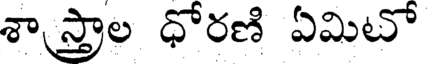
శాస్త్రాల ధోరణి ఏమిటో